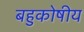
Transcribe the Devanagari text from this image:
बहुकोषीय